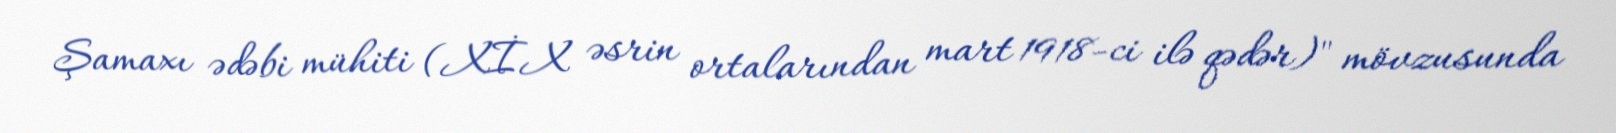
Şamaxı ədəbi mühiti (XİX əsrin ortalarından mart 1918-ci ilə qədər)" mövzusunda